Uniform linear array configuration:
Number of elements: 64
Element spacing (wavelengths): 0.25
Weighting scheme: exponential
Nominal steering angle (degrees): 30
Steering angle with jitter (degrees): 28.701
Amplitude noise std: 0.05
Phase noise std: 0.05

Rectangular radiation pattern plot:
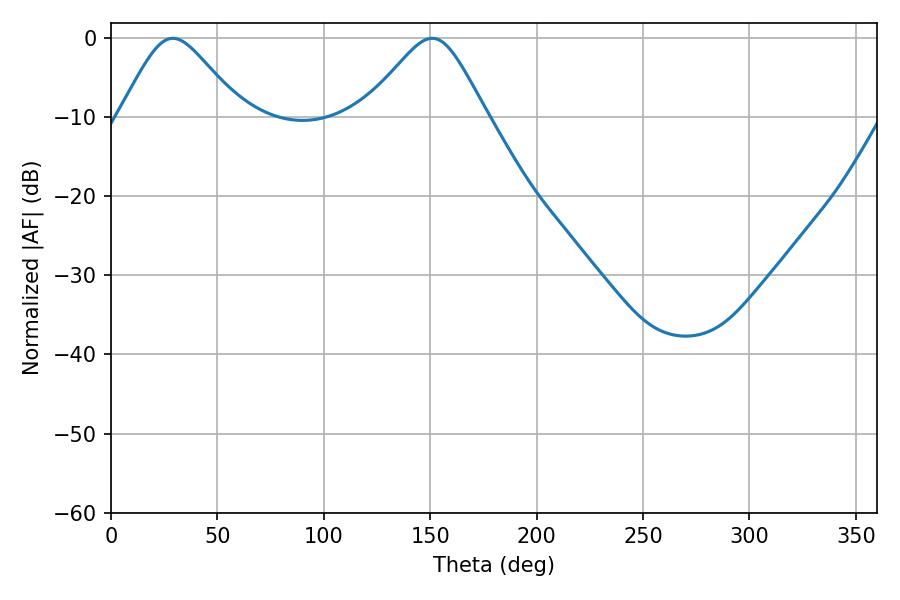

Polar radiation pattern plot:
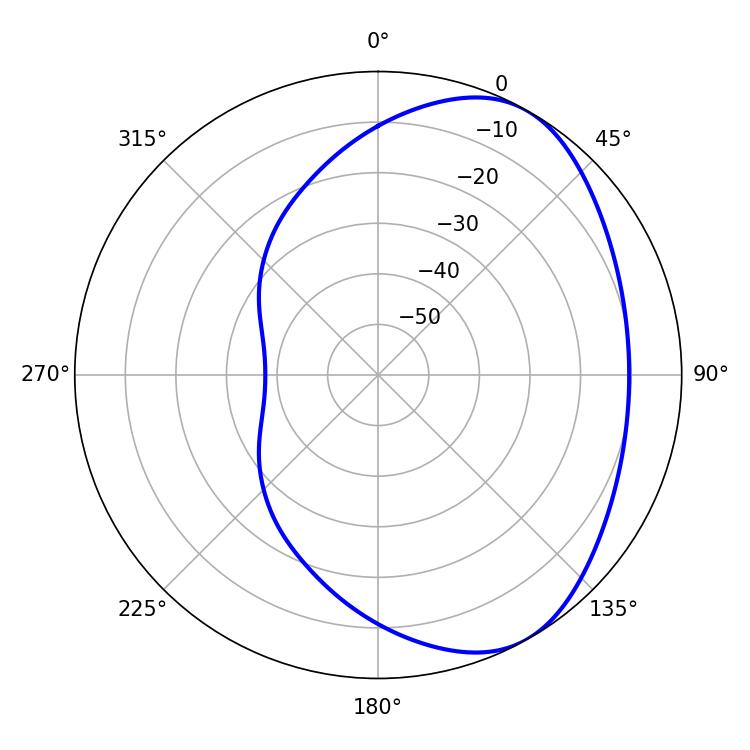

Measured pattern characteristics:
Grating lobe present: FALSE
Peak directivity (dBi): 4.858
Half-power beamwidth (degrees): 27.72
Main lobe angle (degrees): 29.16